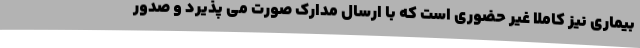
بیماری نیز کاملا غیر حضوری است که با ارسال مدارک صورت می پذیرد و صدور